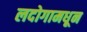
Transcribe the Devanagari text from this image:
लदोगामधून